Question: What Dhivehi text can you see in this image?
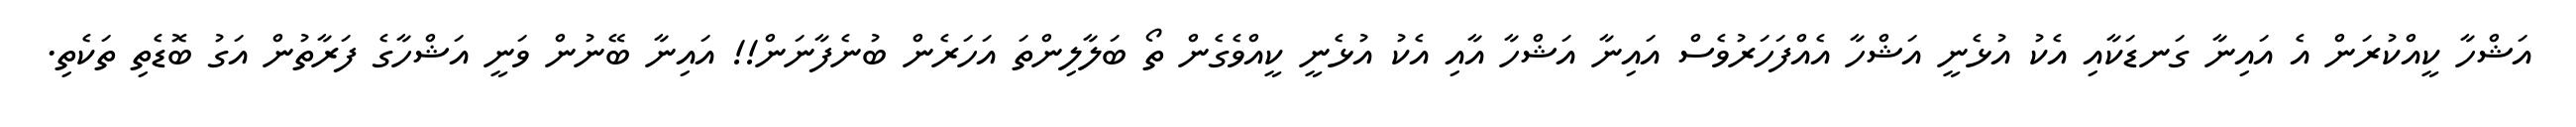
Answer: އަޝްހާ ކީއްކުރަން އެ އައިނާ ގަނޑަކާއި އެކު އުޅެނީ އަޝްހާ އެއްފަހަރުވެސް އައިނާ އަޝްހާ އާއި އެކު އުޅެނީ ކީއްވެގެން ތޯ ބަލާލިންތަ އަހަރެން ބުނެފާނަން!! އައިނާ ބޭނުން ވަނީ އަޝްހާގެ ފަރާތުން އަގު ބޮޑެތި ތަކެތި.